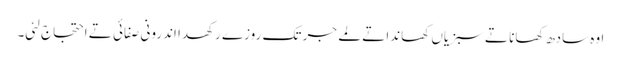
اوہ سادھ کھانا تے سبزیاں کھاندا تے لمے جر تک روزے رکھدا اندرونی صفائی تے احتجاج لئی۔